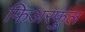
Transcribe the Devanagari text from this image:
फिअरफुल